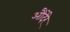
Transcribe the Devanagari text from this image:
औदेरे